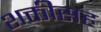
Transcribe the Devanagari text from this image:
शक्तीसह